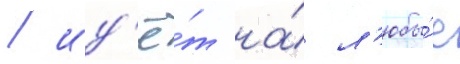
/ ид'ё́т на́ л'юбы́е